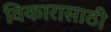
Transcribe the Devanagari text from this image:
विकारासाठी